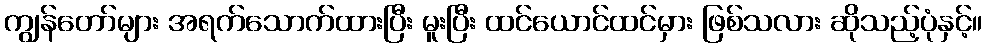
ကျွန်တော်များ အရက်သောက်ထားပြီး မူးပြီး ထင်ယောင်ထင်မှား ဖြစ်သလား ဆိုသည့်ပုံနှင့်။